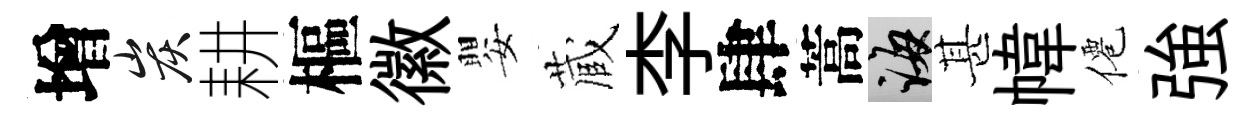
增炭耕樞徽嬰蔵李肆蒿誨甚幃僊強